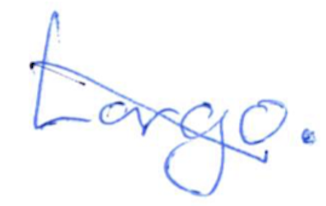
Text: Largo.
Cross-out: diagonal
Writing tool: ballpoint